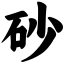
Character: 砂